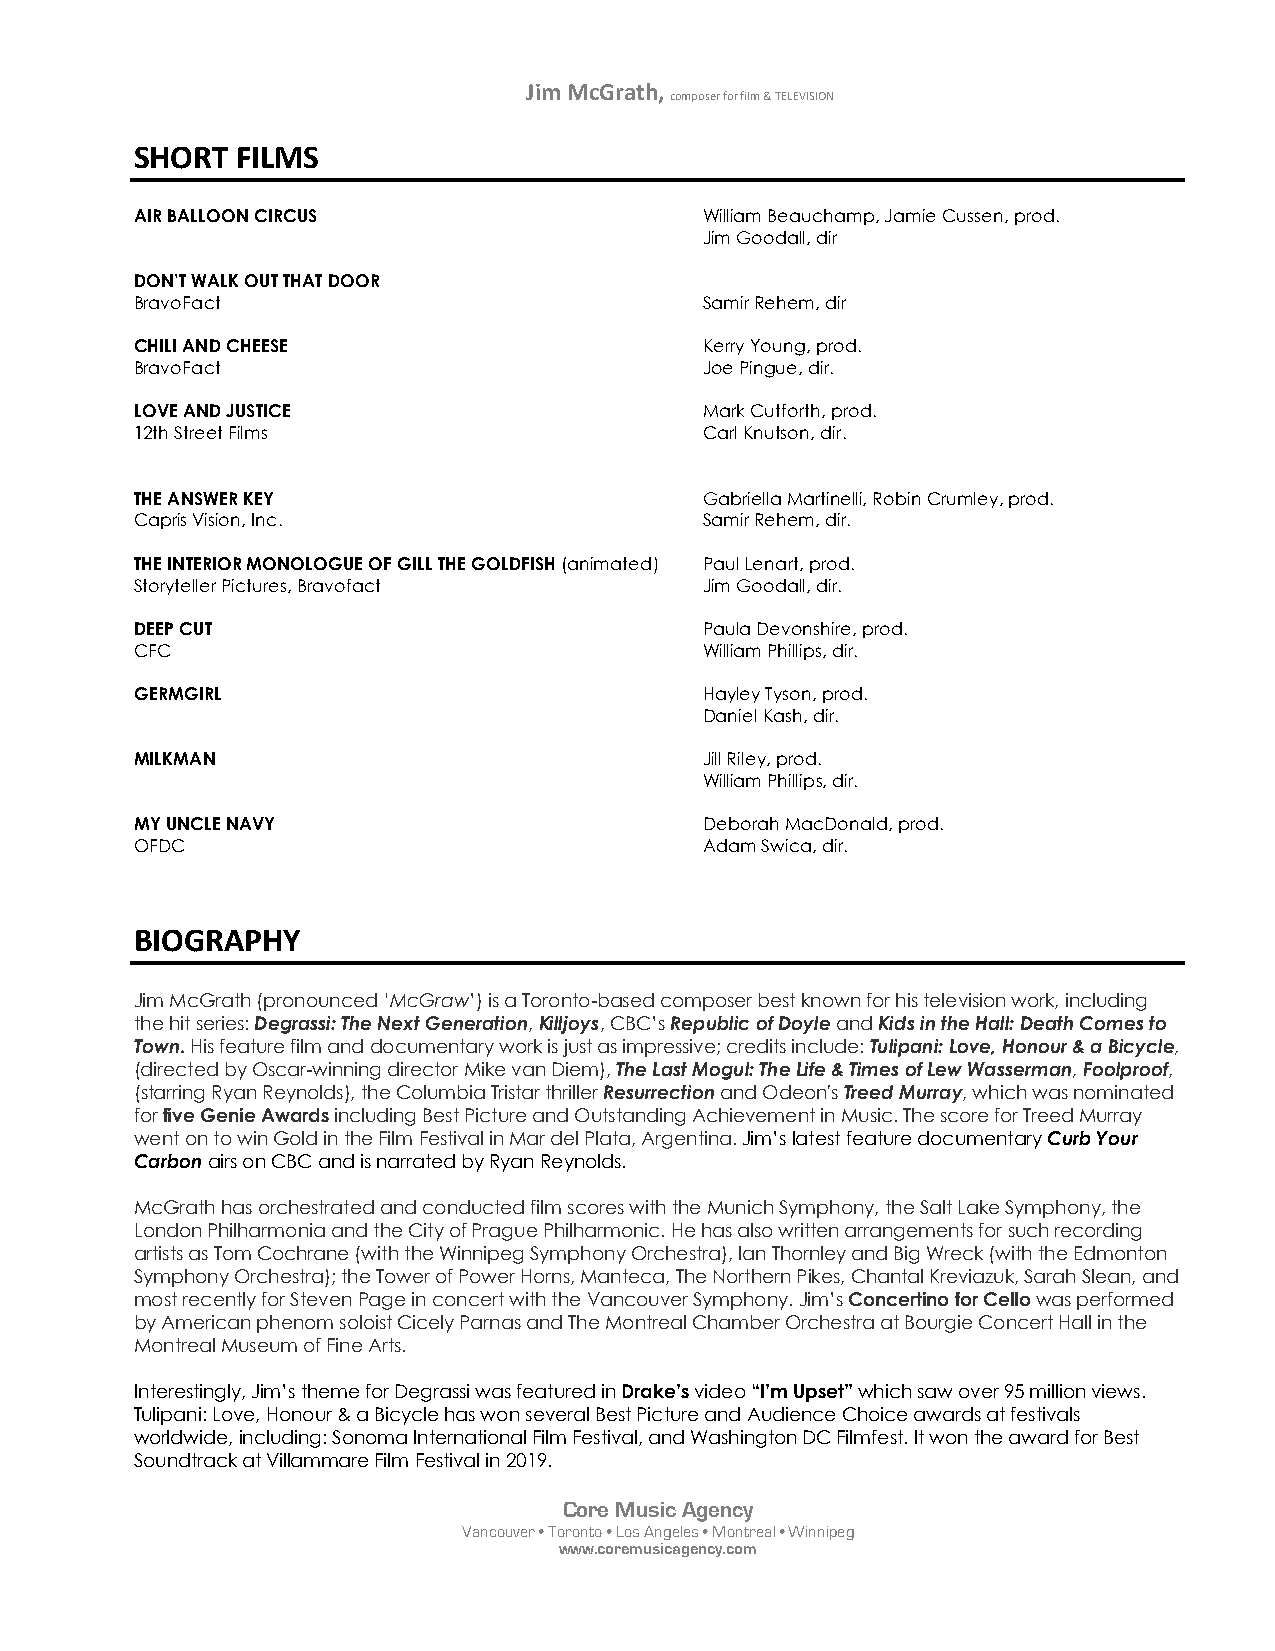
Jim McGrath,
 composer for film & TELEVISION
 SHORT  FILMS
 AIR BALLOON CIRCUS                    William Beauchamp, Jamie Cussen, prod.
 Jim Goodall, dir
 DON’T WALK OUT THAT DOOR
 BravoFact                             Samir Rehem, dir
 CHILI AND CHEESE                      Kerry Young, prod.
 BravoFact                             Joe Pingue, dir.
 LOVE AND JUSTICE                      Mark Cutforth, prod.
 12th Street Films                     Carl Knutson, dir.
 THE ANSWER KEY                        Gabriella Martinelli, Robin Crumley, prod.
 Capris Vision, Inc.                   Samir Rehem, dir.
 THE INTERIOR MONOLOGUE OF GILL THE GOLDFISH (animated) Paul Lenart, prod.
 Storyteller Pictures, Bravofact       Jim Goodall, dir.
 DEEP CUT                              Paula Devonshire, prod.
 CFC                                   William Phillips, dir.
 GERMGIRL                              Hayley Tyson, prod.
 Daniel Kash, dir.
 MILKMAN                               Jill Riley, prod.
 William Phillips, dir.
 MY UNCLE NAVY                         Deborah MacDonald, prod.
 OFDC                                  Adam Swica, dir.
 BIOGRAPHY
 Jim McGrath (pronounced ‘McGraw’) is a Toronto-based composer best known for his television work, including
 the hit series: Degrassi: The Next Generation, Killjoys, CBC’s Republic of Doyle and Kids in the Hall: Death Comes to
 Town. His feature film and documentary work is just as impressive; credits include: Tulipani: Love, Honour & a Bicycle,
 (directed by Oscar-winning director Mike van Diem), The Last Mogul: The Life & Times of Lew Wasserman, Foolproof,
 (starring Ryan Reynolds), the Columbia Tristar thriller Resurrection and Odeon's Treed Murray, which was nominated
 for five Genie Awards including Best Picture and Outstanding Achievement in Music. The score for Treed Murray
 went on to win Gold in the Film Festival in Mar del Plata, Argentina. Jim’s latest feature documentary Curb Your
 Carbon airs on CBC and is narrated by Ryan Reynolds.
 McGrath has orchestrated and conducted film scores with the Munich Symphony, the Salt Lake Symphony, the
 London Philharmonia and the City of Prague Philharmonic. He has also written arrangements for such recording
 artists as Tom Cochrane (with the Winnipeg Symphony Orchestra), Ian Thornley and Big Wreck (with the Edmonton
 Symphony Orchestra); the Tower of Power Horns, Manteca, The Northern Pikes, Chantal Kreviazuk, Sarah Slean, and
 most recently for Steven Page in concert with the Vancouver Symphony. Jim’s Concertino for Cello was performed
 by American phenom soloist Cicely Parnas and The Montreal Chamber Orchestra at Bourgie Concert Hall in the
 Montreal Museum of Fine Arts.
 Interestingly, Jim’s theme for Degrassi was featured in Drake’s video “I’m Upset” which saw over 95 million views.
 Tulipani: Love, Honour & a Bicycle has won several Best Picture and Audience Choice awards at festivals
 worldwide, including: Sonoma International Film Festival, and Washington DC Filmfest. It won the award for Best
 Soundtrack at Villammare Film Festival in 2019.
 Core Music Agency
 Vancouver • Toronto • Los Angeles • Montreal • Winnipeg
 www.coremusicagency.com